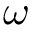
\omega